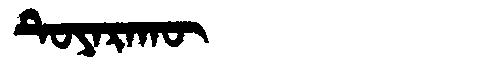
Manchu: ᡨᡠᠶᠠᡵᠠᡴᡡ
Romanization: TUYARAKŪ